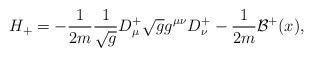
LaTeX: \begin{align*}H_{+}=-\frac{1}{2m}\frac{1}{\sqrt{g}}D^{+}_{\mu}\sqrt{g}g^{\mu\nu}D^{+}_{\nu}-\frac{1}{2m}{\mathcal{B}}^{+}(x),\end{align*}